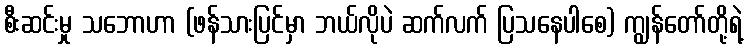
စီးဆင်းမှု သဘောဟာ (ဖန်သားပြင်မှာ ဘယ်လိုပဲ ဆက်လက် ပြသနေပါစေ) ကျွန်တော်တို့ရဲ့